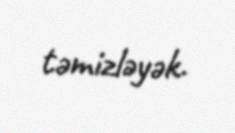
təmizləyək.